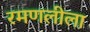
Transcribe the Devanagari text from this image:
रमणलीला